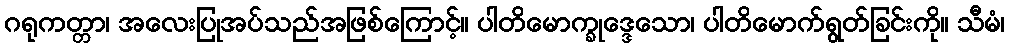
ဂရုကတ္တာ၊ အလေးပြုအပ်သည်အဖြစ်ကြောင့်။ ပါတိမောက္ခုဒ္ဒေသော၊ ပါတိမောက်ရွတ်ခြင်းကို။ သီမံ၊